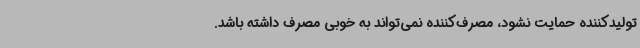
تولیدکننده حمایت نشود، مصرف‌کننده نمی‌تواند به خوبی مصرف داشته باشد.